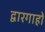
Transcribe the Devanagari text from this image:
द्वारगाहों